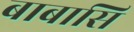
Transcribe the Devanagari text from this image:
बाबासि